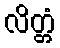
လိတ္တံ